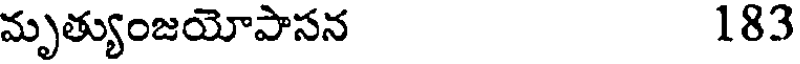
మృత్యుంజయోపాసన 183